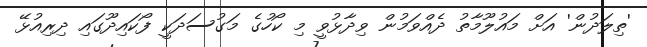
'ތިލަދުން' އަށް މައުލޫމާތު ދެއްވަމުން ވިދާޅުވީ މި ކޯހުގެ މަގުސަދަކީ ފޯކައިދޫގައި ދިރިއުޅޭ